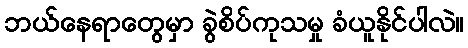
ဘယ်နေရာတွေမှာ ခွဲစိပ်ကုသမှု ခံယူနိုင်ပါလဲ။